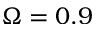
\Omega = 0 . 9